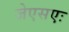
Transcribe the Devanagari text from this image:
जेएसएः